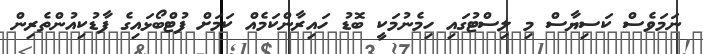
ނަމަވެސް ކަސިޔާސް މި ލިސްޓުގައި ހިމެނުމަކީ ބޮޑު ހައިރާންކަމެއް ކަމަށް ފުޓްބޯޅައިގެ ފާޑުކިއުންތެރިން